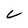
Character: C